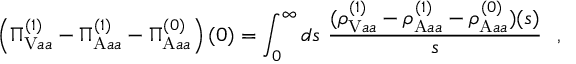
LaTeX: \left( \Pi _ { \mathrm { V } a a } ^ { ( 1 ) } - \Pi _ { \mathrm { A } a a } ^ { ( 1 ) } - \Pi _ { \mathrm { A } a a } ^ { ( 0 ) } \right) ( 0 ) = \int _ { 0 } ^ { \infty } d s ~ { \frac { ( \rho _ { \mathrm { V } a a } ^ { ( 1 ) } - \rho _ { \mathrm { A } a a } ^ { ( 1 ) } - \rho _ { \mathrm { A } a a } ^ { ( 0 ) } ) ( s ) } { s } } \ \ ,